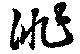
徘